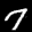
Label: 7